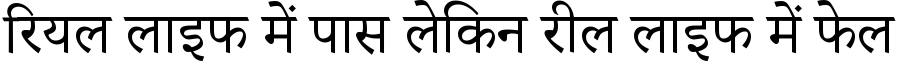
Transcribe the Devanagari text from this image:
रियल लाइफ में पास लेकिन रील लाइफ में फेल